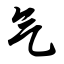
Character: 气